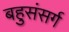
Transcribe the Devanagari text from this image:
बहुसंसर्ग